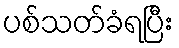
ပစ်သတ်ခံရပြီး